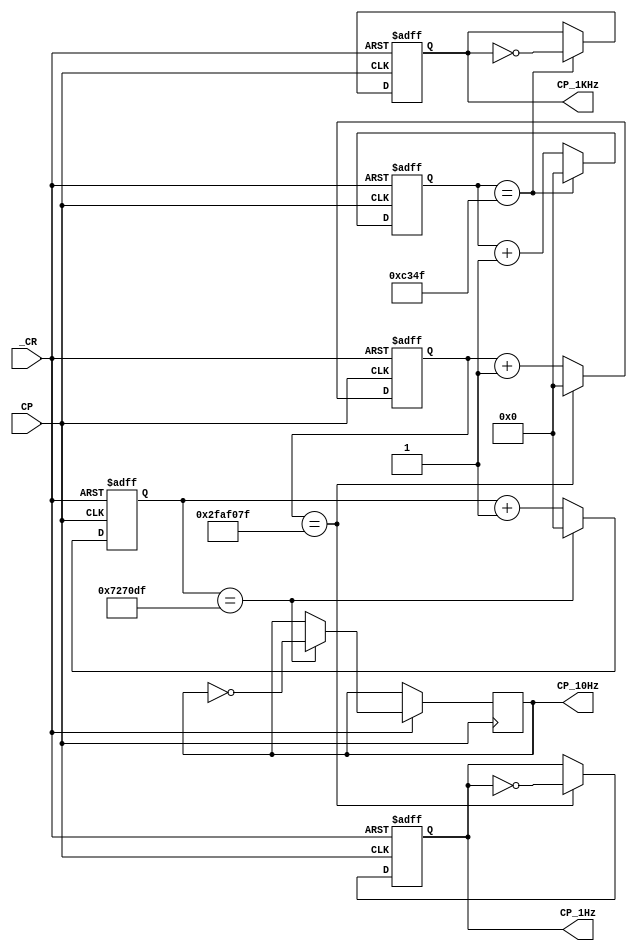
module divider(
    input CP,           // Input signal with a frequency of 100MHz
    input _CR,          // Low-active reset signal
    output reg CP_1Hz,  // Output signal with a frequency of 1Hz
    output reg CP_1KHz, // Output signal with a frequency of 1KHz
    output reg CP_10Hz  // Output signal with a frequency of 10Hz
    );
  
  reg [31:0] counter_1Hz = 32'h0; // Counter for 1Hz signal, initialized to 0
  reg [31:0] counter_1KHz = 32'h0; // Counter for 1KHz signal, initialized to 0
    reg [31:0] counter_10Hz = 32'h0; // Counter for 10Hz signal, initialized to 0

  parameter CLK_Freq_1Hz = 100000000, CLK_Freq_1KHz = 100000, CLK_Freq_10Hz = 15000000;
  parameter CLK_Freq_1Hz_test = 4000, CLK_Freq_1KHz_test = 4;   // for test

  always @(posedge CP or negedge _CR) begin
    if (~_CR) begin      // If reset signal is active, reset the counters
      counter_1Hz <= 32'h0;
      counter_10Hz <= 32'h0;
      counter_1KHz <= 32'h0;
      CP_1Hz = 0;
      CP_1KHz = 0;
    end else begin
      if (counter_1Hz == CLK_Freq_1Hz/2 - 1) begin 
        CP_1Hz = ~CP_1Hz;
        counter_1Hz <= 32'h0;
      end else begin
        counter_1Hz <= counter_1Hz + 1; // Increment the 1Hz counter every clock cycle
      end
      
      if (counter_10Hz == CLK_Freq_10Hz/2 - 1) begin 
        CP_10Hz = ~CP_10Hz;
        counter_10Hz <= 32'h0;
      end else begin
        counter_10Hz <= counter_10Hz + 1; // Increment the 10Hz counter every clock cycle
      end

      if (counter_1KHz == CLK_Freq_1KHz/2 - 1) begin 
        CP_1KHz = ~CP_1KHz;
        counter_1KHz <= 32'h0;
      end else begin
        counter_1KHz <= counter_1KHz + 1; // Increment the 1KHz counter every clock cycle
      end
    end
  end
endmodule